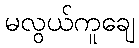
မလွယ်ကူချေ